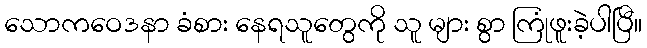
သောကဝေဒနာ ခံစား နေရသူတွေကို သူ များ စွာ ကြုံဖူးခဲ့ပါပြီ။